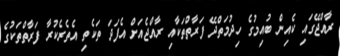
ރާއްޖޭގައި ކެއިން ބުއިމުގެ ހިދުމަތްދޭ ފަރާތްތަކާއި ރާއްޖެއަށް އެފަދަ ތަކެތި އެތެރެކުރާ ފަރާތްތަކުގެ